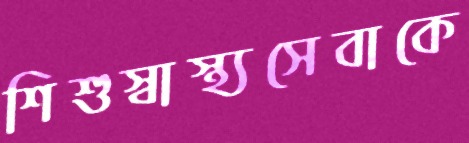
শিশুস্বাস্থ্যসেবাকে